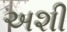
અશી